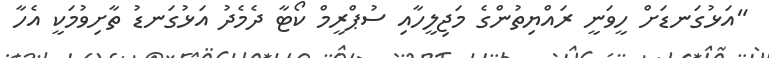
"އަޅުގަނޑަށް ހީވަނީ ރައްޔިތުންގެ މަޖިލީހާއި ސުޕްރީމް ކޯޓާ ދެމެދު އަޅުގަނޑު ތާށިވުމަކީ އެހާ